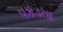
પકડતા